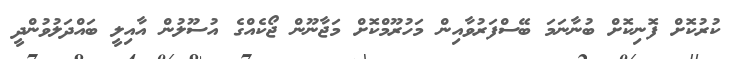
ކުރުކޮށް ފޮނިކޮށް ބުނާނަމަ ބޭސްފަރުވާއިން މަހުރޫމްކޮށް މަޖާނޫން ޖޯކެއްގެ އުސޫލުން އާއިލީ ބައްދަލުވުންދީ